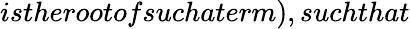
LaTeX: istherootofsuchaterm),suchthat